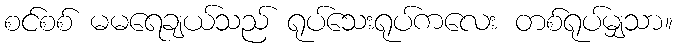
စင်စစ် မမရေချယ်သည် ရုပ်သေးရုပ်ကလေး တစ်ရုပ်မျှသာ။